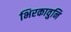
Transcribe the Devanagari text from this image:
भिरकावुनि